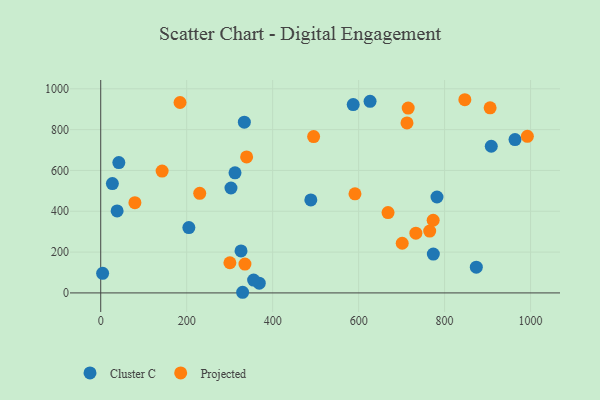
{"axis": {"x": "Speed", "y": "Profit"}, "legend": ["Cluster C", "Projected"], "data": [{"x": "963.8", "y": 751.2, "type": "Cluster C"}, {"x": "334.1", "y": 836.5, "type": "Cluster C"}, {"x": "38.1", "y": 401.8, "type": "Cluster C"}, {"x": "4.4", "y": 96.1, "type": "Cluster C"}, {"x": "42.1", "y": 638.6, "type": "Cluster C"}, {"x": "587.4", "y": 922.7, "type": "Cluster C"}, {"x": "27.1", "y": 535.6, "type": "Cluster C"}, {"x": "773.8", "y": 190.4, "type": "Cluster C"}, {"x": "908.6", "y": 718.6, "type": "Cluster C"}, {"x": "205.0", "y": 320.2, "type": "Cluster C"}, {"x": "312.4", "y": 588.3, "type": "Cluster C"}, {"x": "782.3", "y": 469.9, "type": "Cluster C"}, {"x": "368.8", "y": 47.6, "type": "Cluster C"}, {"x": "355.7", "y": 62.7, "type": "Cluster C"}, {"x": "330.1", "y": 3.1, "type": "Cluster C"}, {"x": "326.4", "y": 205.9, "type": "Cluster C"}, {"x": "488.8", "y": 455.4, "type": "Cluster C"}, {"x": "626.6", "y": 938.9, "type": "Cluster C"}, {"x": "303.0", "y": 513.9, "type": "Cluster C"}, {"x": "873.8", "y": 126.0, "type": "Cluster C"}, {"x": "230.3", "y": 487.8, "type": "Projected"}, {"x": "79.5", "y": 442.0, "type": "Projected"}, {"x": "339.4", "y": 666.3, "type": "Projected"}, {"x": "668.4", "y": 393.5, "type": "Projected"}, {"x": "495.3", "y": 765.8, "type": "Projected"}, {"x": "847.1", "y": 946.5, "type": "Projected"}, {"x": "712.5", "y": 833.0, "type": "Projected"}, {"x": "992.6", "y": 767.4, "type": "Projected"}, {"x": "701.4", "y": 243.3, "type": "Projected"}, {"x": "300.5", "y": 147.7, "type": "Projected"}, {"x": "905.9", "y": 906.9, "type": "Projected"}, {"x": "765.3", "y": 303.0, "type": "Projected"}, {"x": "591.5", "y": 485.5, "type": "Projected"}, {"x": "142.8", "y": 597.0, "type": "Projected"}, {"x": "733.2", "y": 292.5, "type": "Projected"}, {"x": "184.5", "y": 932.9, "type": "Projected"}, {"x": "335.5", "y": 141.4, "type": "Projected"}, {"x": "773.4", "y": 356.0, "type": "Projected"}, {"x": "715.3", "y": 905.5, "type": "Projected"}]}